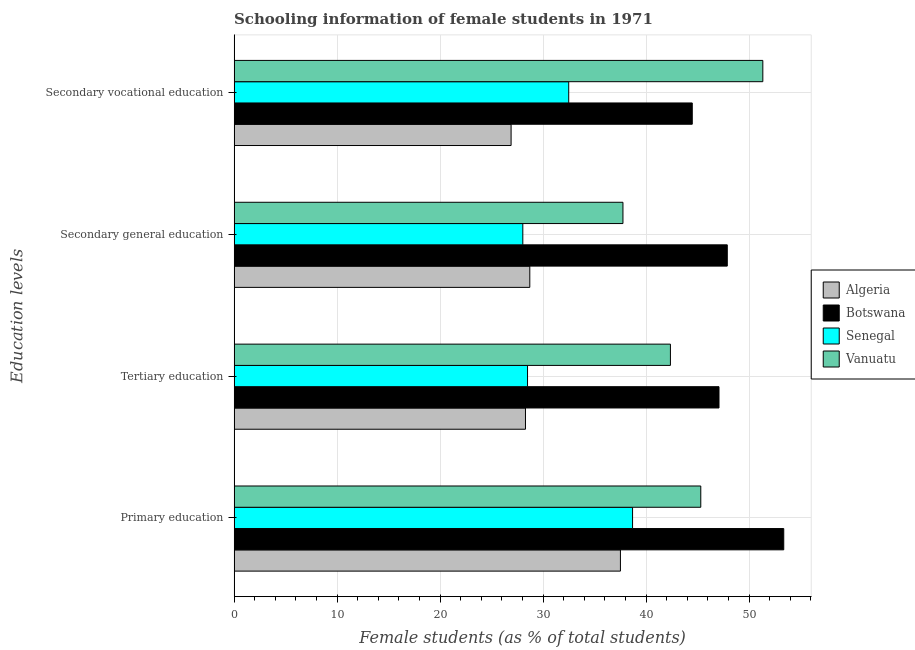
| Education levels | Algeria | Botswana | Senegal | Vanuatu |
 | --- | --- | --- | --- | --- |
 | Primary education | 37.5 | 53.4 | 38.7 | 45.3 |
 | Tertiary education | 28.3 | 47.1 | 28.5 | 42.4 |
 | Secondary general education | 28.7 | 47.9 | 28 | 37.8 |
 | Secondary vocational education | 26.9 | 44.5 | 32.5 | 51.3 |